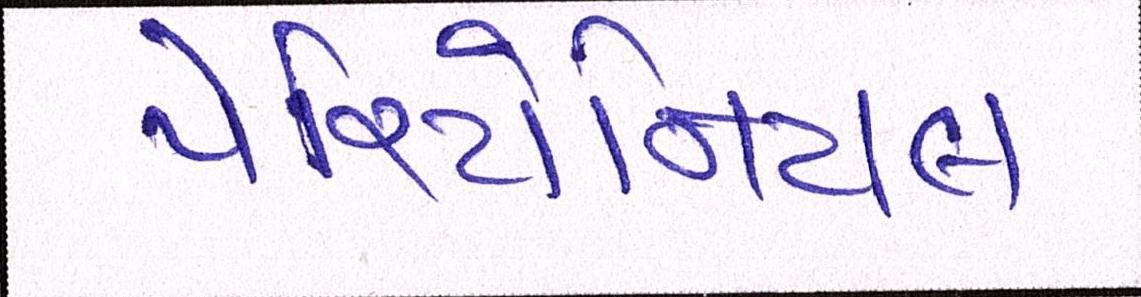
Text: પેરિટોનિયલ